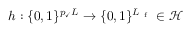
h : \{ 0 , 1 \} ^ { p _ { \checkmark } L } \rightarrow \{ 0 , 1 \} ^ { L _ { \mathrm { ~ f ~ } } } \in \mathcal { H }